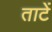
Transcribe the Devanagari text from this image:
ताटें